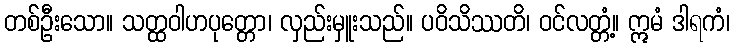
တစ်ဦးသော။ သတ္ထဝါဟပုတ္တော၊ လှည်းမှူးသည်။ ပဝိသိဿတိ၊ ဝင်လတ္တံ့။ ဣမံ ဒါရကံ၊